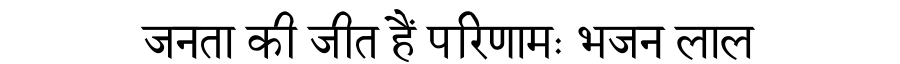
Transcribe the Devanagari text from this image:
जनता की जीत हैं परिणामः भजन लाल